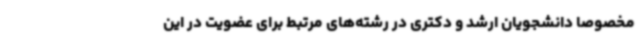
مخصوصا دانشجویان ارشد و دکتری در رشته‌های مرتبط برای عضویت در این